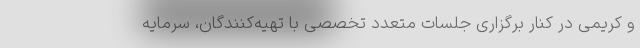
و کریمی در کنار برگزاری جلسات متعدد تخصصی با تهیه‌کنندگان، سرمايه